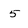
Character: 5